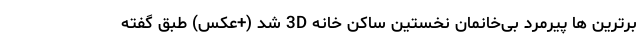
برترین ها پیرمرد بی‌خانمان نخستین ساکن خانه 3D شد (+عکس) طبق گفته